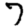
Digit: 7